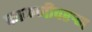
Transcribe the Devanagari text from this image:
फाळणीवरुन